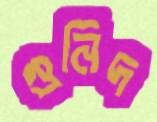
গুনিদ